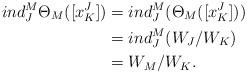
LaTeX: \begin{align*}{ind_J^{M}}{\Theta_M}([x_K^{J}]) &= {ind_J^{M}}({\Theta_M}([x_K^{J}]))\\&= {ind_J^{M}}(W_{J}/W_{K})\\&=W_{M}/W_{K}.\end{align*}